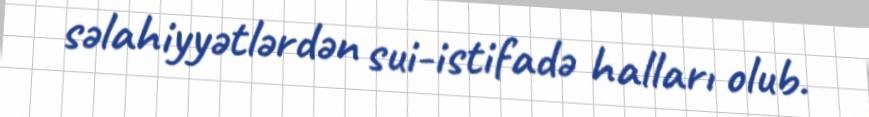
səlahiyyətlərdən sui-istifadə halları olub.